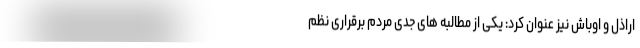
اراذل و اوباش نیز عنوان کرد: یکی از مطالبه های جدی مردم برقراری نظم